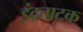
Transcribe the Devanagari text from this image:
इंद्रताटक